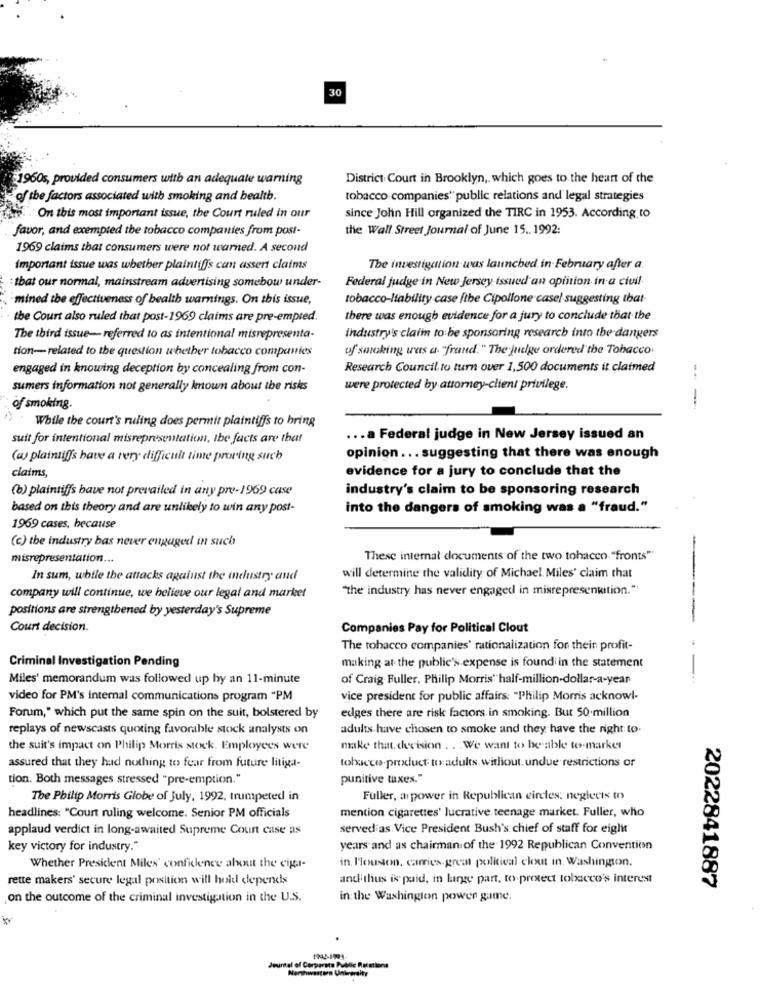
30
1960s, provided consumers with an adequate warning
District Court in Brooklyn ,, which goes to the heart of the
of the factors associated with smoking and health.
tobacco companies" public relations and legal strategies
hs.On this most important issue, the Court ruled in our
since John Hill organized the TIRC in 1953. According to
favor, and exempted the tobacco companies from post-
the Wall Street Journal of June 15 .. 1992:
1969 claims that consumers were not warned. A second
Important issue was whether plaintiffs can assert claims
The investigation was launched in February after a.
Federal judge in New Jersey-issued an opinion in a civil
: that our normal, mainstream advertising somebow under-
-mined the effectiveness of health warnings. On this issue,
tobacco-liability case [the Cipollone casel suggesting that-
the Court also ruled that post-1969 claims are pre-empted.
there was enough evidence for a jury to conclude that the
The third issue- referred to as intentional misrepresenta-
industry's claim to be sponsoring research into the dangers
tion-related to the question whether tobacco companies
of smoking was a. "fraud. " The judge ordered the Tobacco.
engaged in knowing deception by concealing from con-
Research Council. to turn over 1,500 documents it claimed
sumers information not generally known about the risks
were protected by attorney-client privilege.
of smoking.
-
While the court's ruling does permit plaintiffs to bring
suit for intentional misrepresentation, the facts are that
... a Federal judge in New Jersey issued an
(as plaintiffs have a very difficult time proving such
opinion ... suggesting that there was enough
evidence for a jury to conclude that the
claims,
(b) plaintiffs bave not prevailed in any pre-1969 case
industry's claim to be sponsoring research
based on this theory and are unlikely to win any post-
into the dangers of smoking was a "fraud."
1969 cases, because
(c) the industry bas never engaged in such
misrepresentation ...
These internal documents of the two tohacen "fronts"
In sum, while the attacks against the industry and
will determine the validity of Michael Miles' claim that
"the industry has never engaged in misrepresentition."
company will continue, we believe our legal and market
positions are strengthened by yesterday's Supreme
Court decision.
Companies Pay for Political Clout
The tobacco companies' rationalization for thein profit-
Criminal Investigation Pending
making at the public's expense is found in the statement
Miles' memorandum was followed up by an 11-minute
of Craig Fuller, Philip Morris' half-million-dollar-a-year
----
video for PM's internal communications program "PM
vice president for public affairs: "Philip Morris acknowl-
edges there are risk factors in smoking. But 50 million
Forum," which put the same spin on the suit, bolstered by
replays of newscasts quoting favorable stock analysts on
adults have chosen to smoke and they have the right to.
the suit's impact on Philip Morris stock. Employees were
make that. decision . . . We want to be able to-market
tobacco-product. trx:adults. without. undue restrictions of
assured that they had nothing to fear from future litiga-
tion. Both messages stressed "pre-emption."
punitive taxes."
The Philip Morris Globe of July, 1992, trumpeted in
Fuller, ar power in Republican circles: neglects to
mention cigarettes' lucrative teenage market. Fuller, who
headlines: "Court ruling welcome. Senior PM officials
applaud verdict in long-awaited Supreme Coun case as
served as. Vice President Bush's chief of staff for eiglit
key victory for industry."
years and as chairman of the 1992 Republican Convention
in. Houston, carries.great political clout in. Washington.
Whether President Miles' confidence about the eiga-
rette makers' secure legal position will hold depends
and thus is paid, in linge part, to protect tobacco's interest
2022841887
on the outcome of the criminal investigation in the U.S.
in the Washington power game.
Journal of Corporate Public Relations